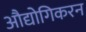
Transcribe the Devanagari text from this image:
औद्योगिकरन